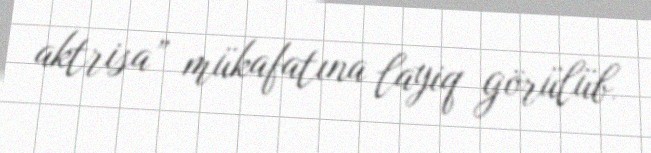
aktrisa” mükafatına layiq görülüb.